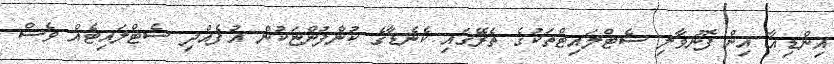
އިންޑިއާ އިން ފޮނުވާލި ސެޓްލައިޓްތަކުގެ ތެރޭގައި ކެނެޑާގެ ކުންފުންޏަކުން އުފެއްދި ސެޓްލައިޓެއް ވެސް